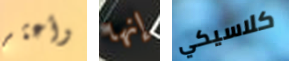
وأعثر إنها كلاسيكي